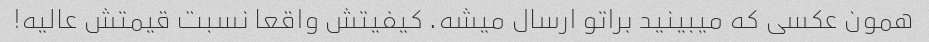
همون عکسی که میبینید براتو ارسال میشه. کیفیتش واقعا نسبت قیمتش عالیه!